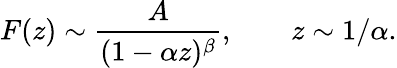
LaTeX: F(z)\sim{\frac{A}{(1-\alpha z)^{\beta}}},\qquad z\sim 1/\alpha.